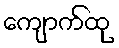
ကျောက်ထု